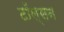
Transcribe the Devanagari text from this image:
टॉल्सन